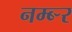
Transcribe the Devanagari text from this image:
नम्ब्र्‍र